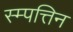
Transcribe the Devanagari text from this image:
स्म्पत्तिन